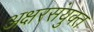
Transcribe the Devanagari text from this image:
अक्षरसंयुक्त